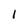
Character: l